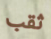
ثقب